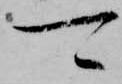
可